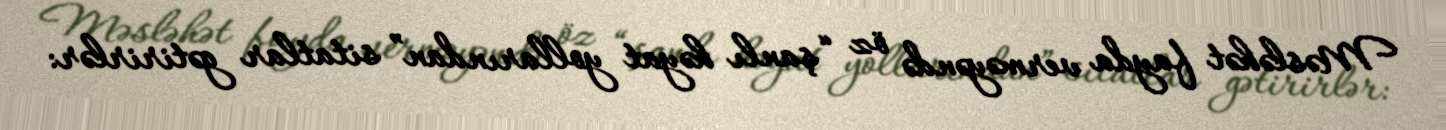
Məsləhət fayda verməyəndə öz “şanlı həyat yollarından” sitatlar gətirirlər: